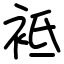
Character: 袛